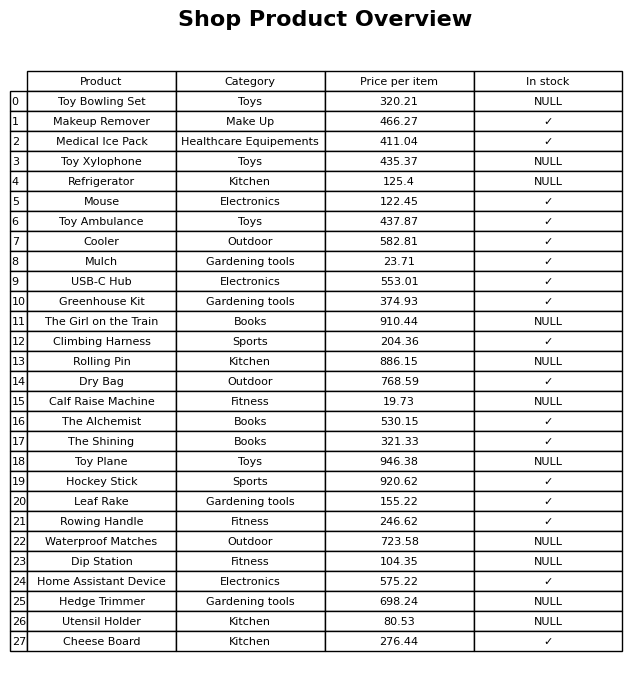
question: What is the price for Cheese Board?
answer: The price of Cheese Board is 276.44.